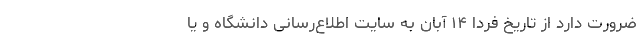
ضرورت دارد از تاریخ فردا ۱۴ آبان به سایت اطلاع‌رسانی دانشگاه و یا